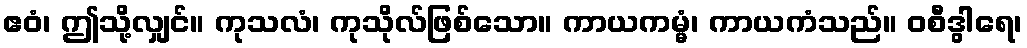
ဧဝံ၊ ဤသို့လျှင်။ ကုသလံ၊ ကုသိုလ်ဖြစ်သော။ ကာယကမ္မံ၊ ကာယကံသည်။ ဝစီဒွါရေ၊